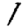
Digit: 1